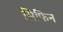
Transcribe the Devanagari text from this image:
सिफिन